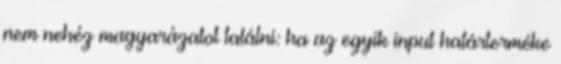
nem nehéz magyarázatot találni: ha az egyik input határterméke